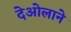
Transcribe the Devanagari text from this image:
देओलाने